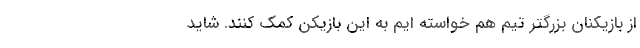
از بازیکنان بزرگتر تیم هم خواسته ایم به این بازیکن کمک کنند. شاید